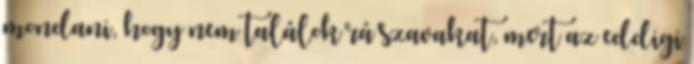
mondani, hogy nem találok rá szavakat, mert az eddigi